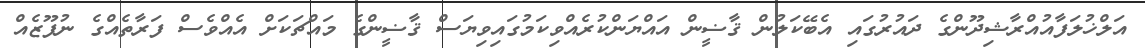
އަލްޚުލަފާއުއްރާޝިދޫންގެ ދައުރުގައި އެބޭކަލުން ޤާޟީން އައްޔަންކުރެއްވިކަމުގައިވިޔަސް ޤާޟީންގެ މައްޗަކަށް އެއްވެސް ފަރާތެއްގެ ނުފޫޒެއް